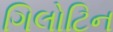
ગિલોટિન